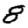
Digit: 8